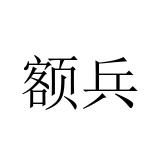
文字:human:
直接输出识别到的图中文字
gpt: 额兵